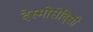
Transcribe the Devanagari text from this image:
देस्मोसेदिसी